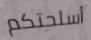
أسلحتكم